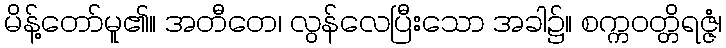
မိန့်တော်မူ၏။ အတီတေ၊ လွန်လေပြီးသော အခါ၌။ စက္ကဝတ္တိရဇ္ဇံ၊